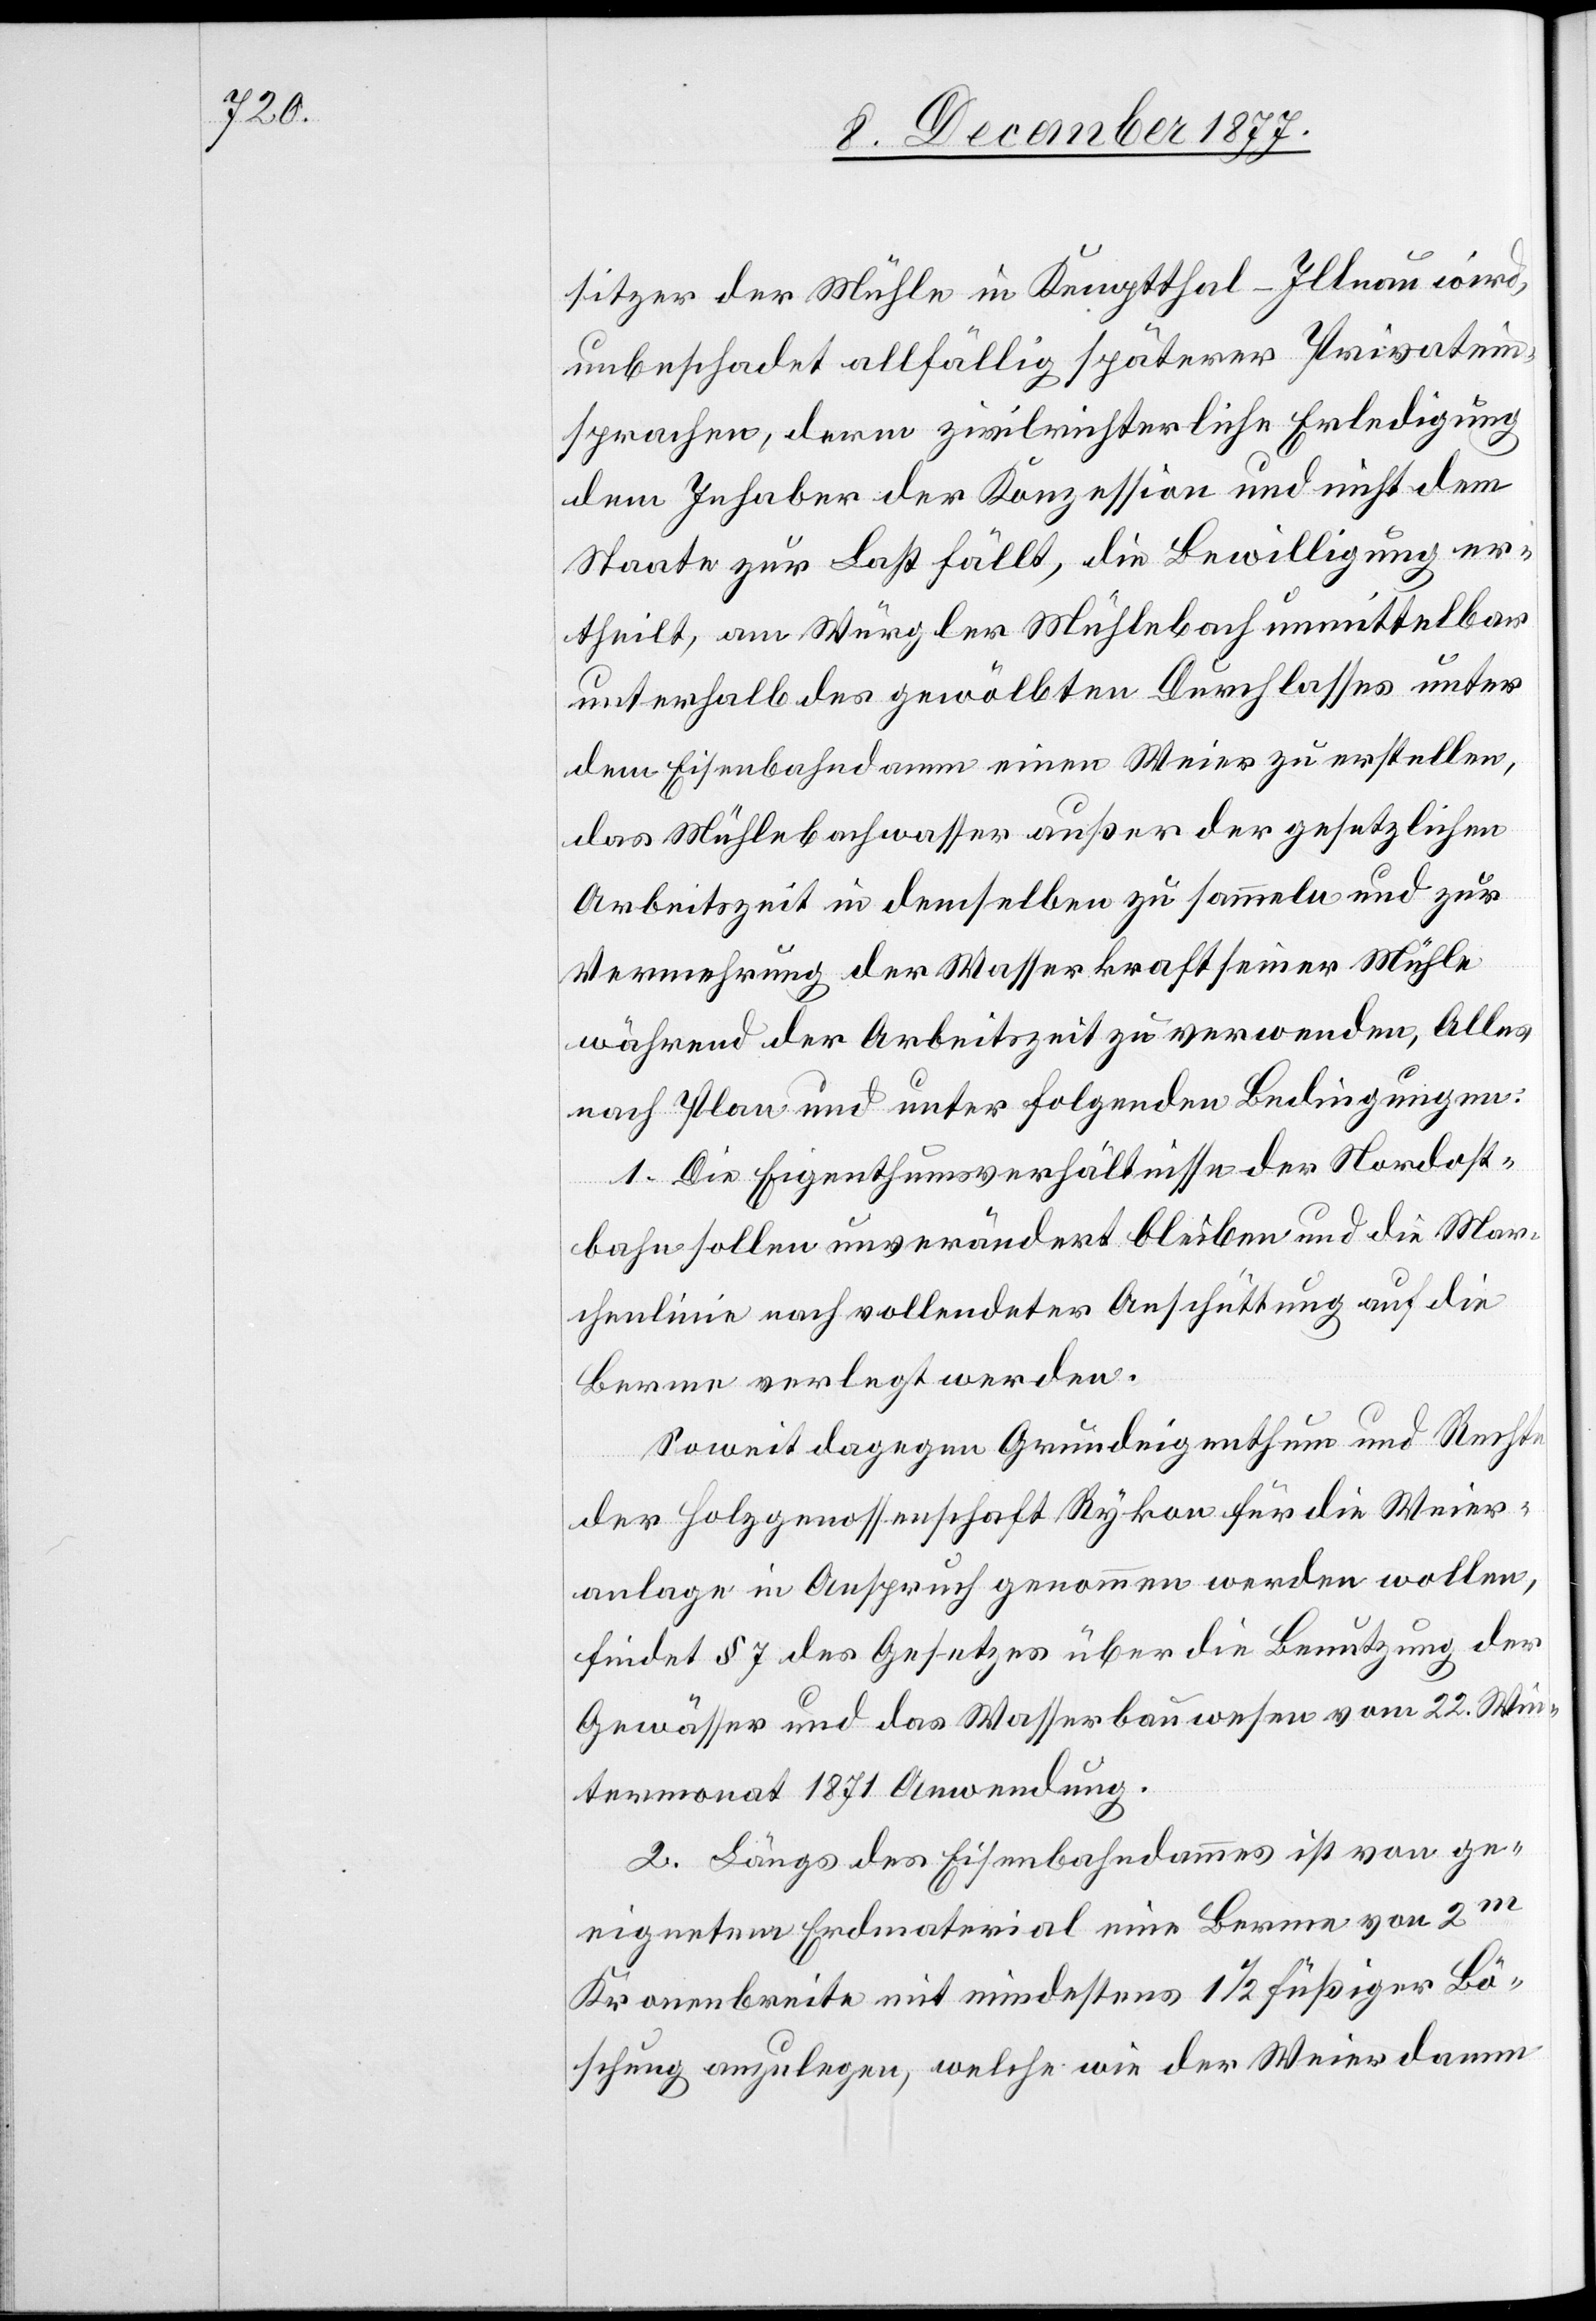
sitzer der Mühle in Kemptthal - Illnau wird,
unbeschadet allfällig späterer Privatein¬
sprachen, derm [recte: deren] zivilrichterliche Erledigung
dem Inhaber der Konzession und nicht dem
Staate zur Last fällt, die Bewilligung er¬
theilt, am Würgler Mühlebach unmittelbar
unterhalb des gewölbten Durchlasses unter
dem Eisenbahndamm einen Weier zu erstellen,
das Mühlebachwasser außer der gesetzlichen
Arbeitszeit in demselben zu sammeln und zur
Vermehrung der Wasserkraft seiner Mühle
während der Arbeitszeit zu verwenden, Alles
nach Plan und unter folgenden Bedingungen:
1. Die Eigenthumsverhältnisse der Nordost¬
bahn sollen unverändert bleiben und die Mar¬
chenlinie nach vollendeter Anschüttung auf die
Berme verlegt werden.
Soweit dagegen Grundeigenthum und Rechte
der Holzgenossenschaft Rykon für die Weier¬
anlage in Anspruch genommen werden wollen,
findet § 7 des Gesetzes über die Benutzung der
Gewässer und das Wasserbauwesen vom 22. Win¬
termonat 1871 Anwendung.
2. Längs des Eisenbahndammes ist von ge¬
eignetem Erdmaterial eine Berme von 2m
Kronenbreite mit mindestens 1 1/2 füßiger Bö¬
schung anzulegen, welche wie der Weierdamm